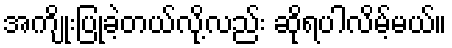
အကျိုးပြုခဲ့တယ်လို့လည်း ဆိုရပါလိမ့်မယ်။